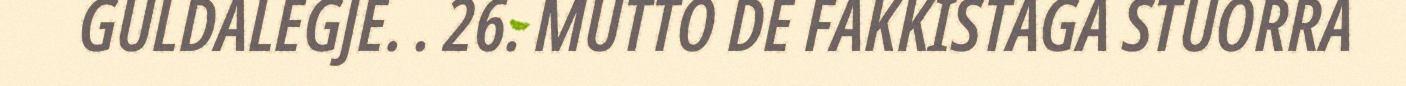
GULDALEGJE. . 26. MUTTO DE FAKKISTAGA STUORRA